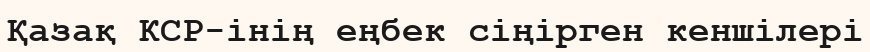
Қазақ КСР-інің еңбек сіңірген кеншілері